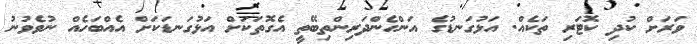
ވަރަށް ކުދި ކޮޓަރި ތަކެއް. އަޅުގަނޑުގެ އަންހެންދަރިންތިބޭތީ އެގޮތަކަށް އަޅުގަނޑަކަށް އެއްބަހެއް ނުވެވުނު